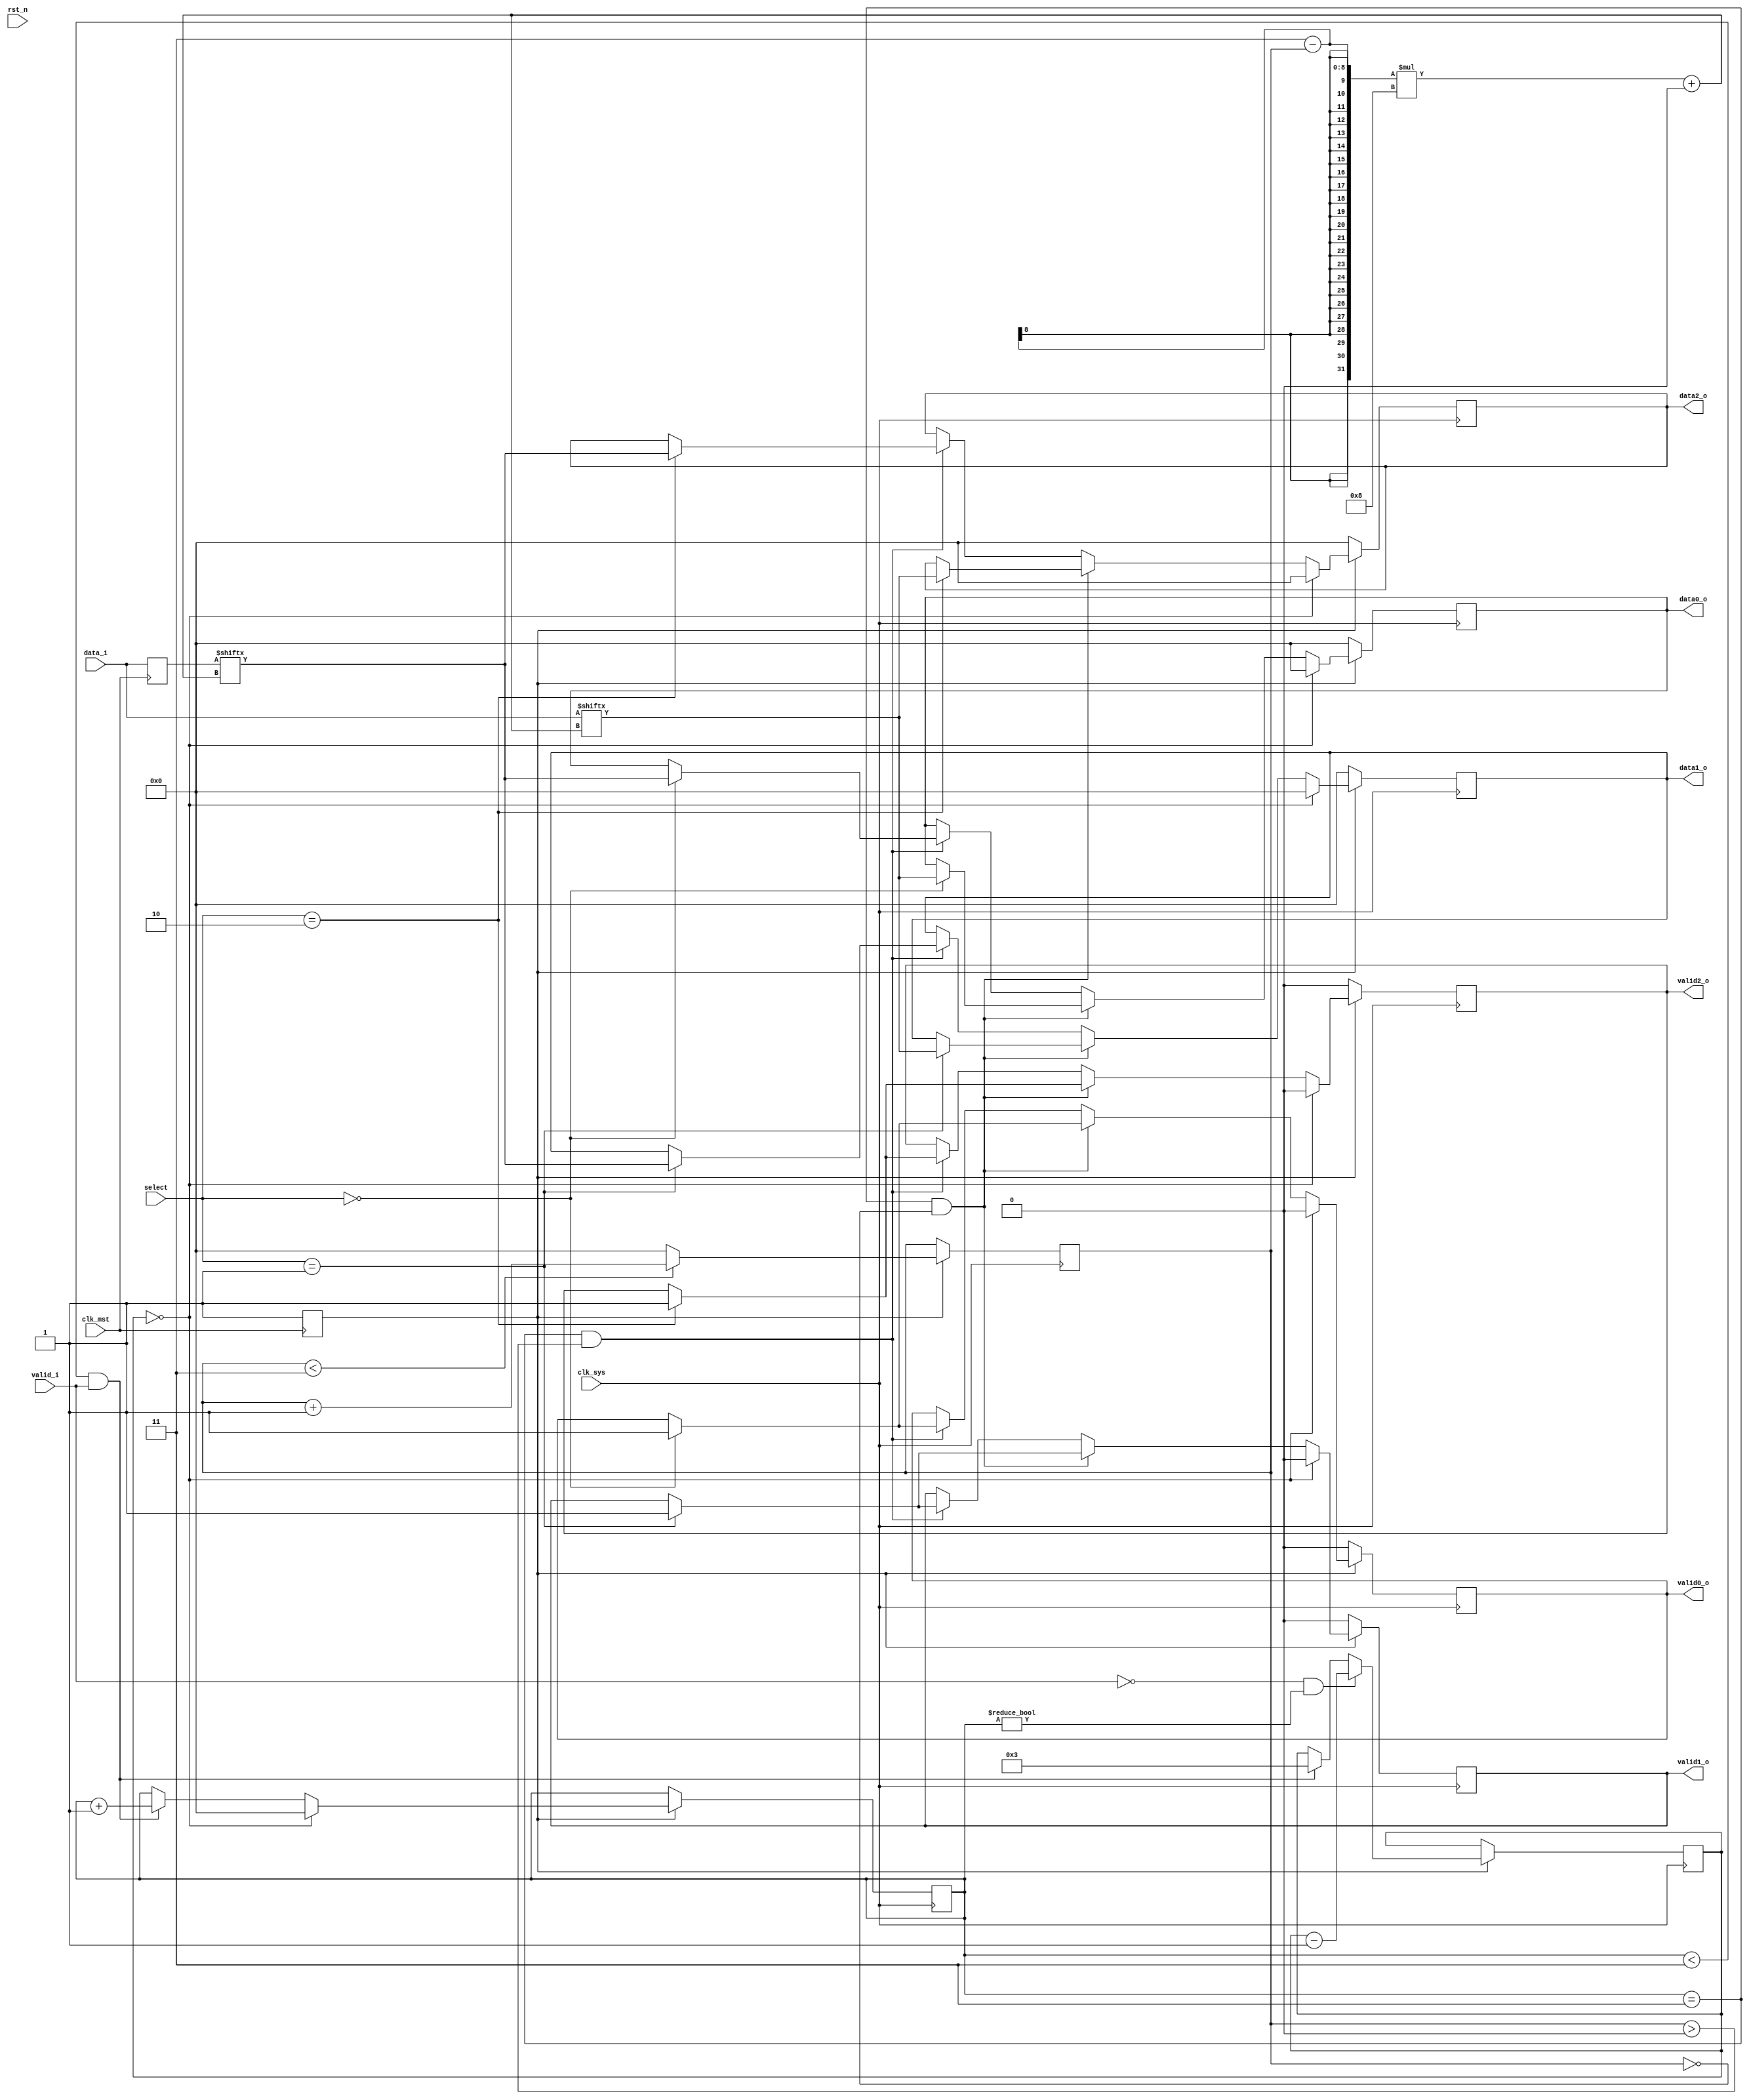
`timescale 1ns / 1ps
module demux #(
		parameter MST_DWIDTH = 32,
		parameter SYS_DWIDTH = 8
	)(
		// Clock and reset interface
		input clk_sys,
		input clk_mst,
		input rst_n,
		
		//Select interface
		input[1 : 0] select,
		
		// Input interface
		input [MST_DWIDTH -1  : 0]	 data_i,
		input 						 	 valid_i,
		
		//output interfaces
		output reg [SYS_DWIDTH - 1 : 0] 	data0_o,
		output reg     						valid0_o,
		
		output reg [SYS_DWIDTH - 1 : 0] 	data1_o,
		output reg     						valid1_o,
		
		output reg [SYS_DWIDTH - 1 : 0] 	data2_o,
		output reg     						valid2_o
    );
	 // variabile auxiliare
	 reg[31:0] data_i_reg = 0;
	 reg[7:0] cnt_sys = 1, start_clk_sys = 0, cnt_start = 0, cnt_stop = 3;
	 
	 always @(posedge clk_mst) begin // pe frontul crescator al semnalului clk_mst
			start_clk_sys <= 1; // marchez start_clk_sys cu 1 pentru a incepe sa contorizez clk_sys
			data_i_reg <= data_i; // copiez data_i in registrul corespunzator
	 end
	 
	 always@(posedge clk_sys) begin // pe frontul crescator al semnalului clk_sys
		if(start_clk_sys) begin // verific daca am trecut de primul front crescator al semnalului clk_mst
			if(cnt_start < 3 && valid_i) begin // daca valid_i = 1 si contorul pentru inceputul copierii datelor in semnalele de output nu a ajuns la 3
				cnt_start <= cnt_start + 1; // cresc contorul pentru inceputul copierii datelor
				cnt_stop <= 3; // setez contorul pentru oprirea copierii datelor pe 3
			end
			
			if(!valid_i && cnt_start != 0) begin // daca valid_i este 0 si cnt_start nu este 0
				cnt_stop <= cnt_stop - 1; // scad contorul pentru oprirea copierii datelor
			end
			
			if(!cnt_stop) begin // daca am ajuns la finalul copierii datelor, setez semnalele de output pe 0 si resetez contorul de start
				cnt_start <= 0;
				valid0_o <= 0;
				valid1_o <= 0;
				valid2_o <= 0;
				data0_o <= 0;
				data1_o <= 0;
				data2_o <= 0;
			end
			else if(cnt_start == 3 && cnt_sys == 0) begin // daca datele din data_i sunt valide(adica ma aflu in dreptul posedge clk_mst) si contorul pentru inceputul
			// copierii datelor este 3, atunci folosesc select pentru a pune pe output valoarea din data_i
				case(select)
					0: begin // caesar
						data0_o <= data_i[(3-cnt_sys)*8 +:8];
						valid0_o <= 1;
					end
					1: begin // scytale
						data1_o <=  data_i[(3-cnt_sys)*8 +:8];
						valid1_o <=  1;
					end
					2: begin // zigzag
						data2_o <=  data_i[(3-cnt_sys)*8 +:8];
						valid2_o <=  1;
					end
				endcase
			end
			else if(cnt_start == 3 && cnt_sys > 0) begin // daca datele din data_i nu sunt valide, voi folosi datele salvate in registru pentru
			// a le copia in semnalele de output
				case(select)
					0: begin // caesar
						data0_o <= data_i_reg[(3-cnt_sys)*8 +:8];
						valid0_o <=  1;
					end
					1: begin // scytale
						data1_o <=  data_i_reg[(3-cnt_sys)*8 +:8];
						valid1_o <=  1;
					end
					2: begin // zigzag
						data2_o <=  data_i_reg[(3-cnt_sys)*8 +:8];
						valid2_o <=  1;
					end
				endcase
			end
			
			if(cnt_sys < 3) cnt_sys <= cnt_sys + 1; // cresc contorul pentru posedge clk_sys
			else cnt_sys <= 0; // de fiecare data cand contorul pentru posedge clk_sys depaseste valoarea 3, il resetez la 0
		end
		else begin // daca nu am intrat inca pe primul posedge clk_mst, setez valorile semnalelor de output pe 0
			valid0_o <= 0;
			valid1_o <= 0;
			valid2_o <= 0;
			data0_o <= 0;
			data1_o <= 0;
			data2_o <= 0;
		end
	 end

endmodule